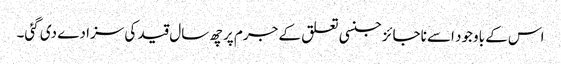
اس کے باوجود اسے ناجائز جنسی تعلق کے جرم پر چھ سال قید کی سزا دے دی گئی۔